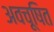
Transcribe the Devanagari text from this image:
अवचूषित